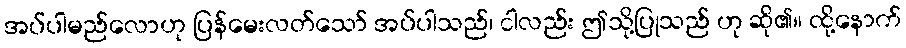
အပ်ပါမည်လောဟု ပြန်မေးလတ်သော် အပ်ပါသည်၊ ငါလည်း ဤသို့ပြုသည် ဟု ဆို၏။ ထို့နောက်